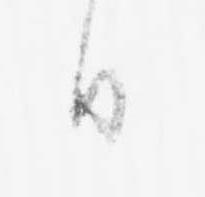
日